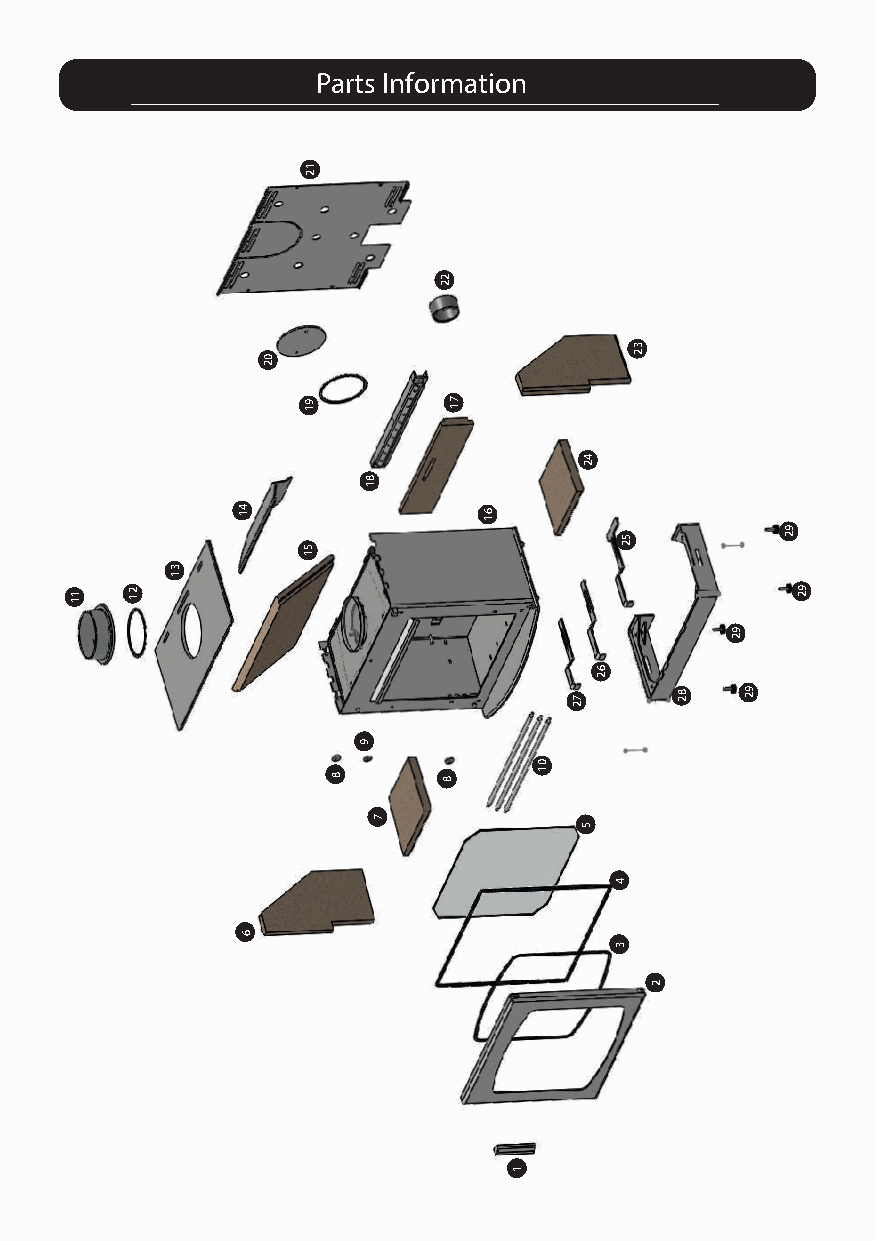
Parts Information
 21
 22
 20
 23
 19        17
 24
 18
 14              16
 15
 25
 29
 13
 11 12                                           29
 29
 26
 27     28  29
 9
 10
 8      8
 7
 5
 4
 6
 3
 2
 1